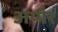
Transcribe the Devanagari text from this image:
अय्यैर